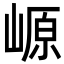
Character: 㟲